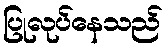
ပြုလုပ်နေသည်